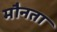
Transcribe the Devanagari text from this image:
मौनता